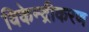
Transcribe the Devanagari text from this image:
विकेन्‍द्रीकरण